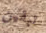
تبقين